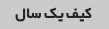
کیف یک سال